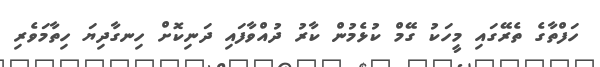
ހަފްތާގެ ތެރޭގައި މީހަކު ގޭމް ކުޅެމުން ކާރު ދުއްވާފައި ދަނިކޮށް ހިނގާދިޔަ ހިތާމަވެރި